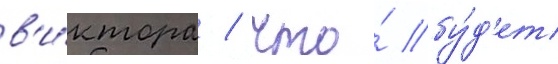
в'и́ктора / что́ бу́д'ет